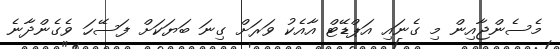
މެސެންޖާއިން މި ގެނައި އަޕްޑޭޓް އާއެކު ވަރަށް ގިނަ ބަޔަކަށް ފަސޭހަ ވެގެންދާނެ